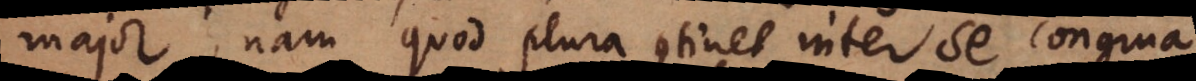
major, nam quod plura continet inter se congrua